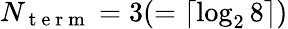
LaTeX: N_{\mathrm{~t~e~r~m~}}=3(=\lceil\log_{2}8\rceil)